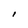
Character: I